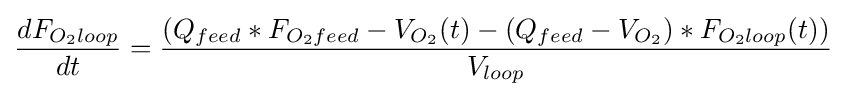
{\frac {dF_{O_{2}loop}}{dt}}={\frac {(Q_{feed}*F_{O_{2}feed}-V_{O_{2}}(t)-(Q_{feed}-V_{O_{2}})*F_{O_{2}loop}(t))}{V_{loop}}}